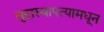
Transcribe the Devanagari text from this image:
गुहास्थापत्यामधून